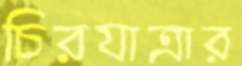
চিরযাত্রার